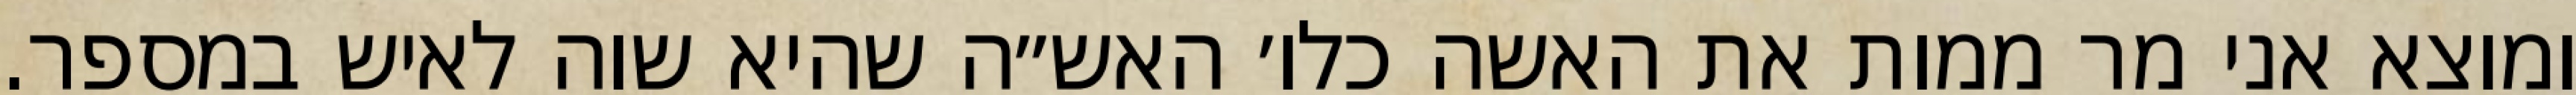
ומוצא אני מר ממות את האשה כלו׳ האש״ה שהיא שוה לאיש במספר.